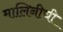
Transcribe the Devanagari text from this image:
मालिनीची